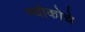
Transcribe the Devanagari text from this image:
म्योकोचे